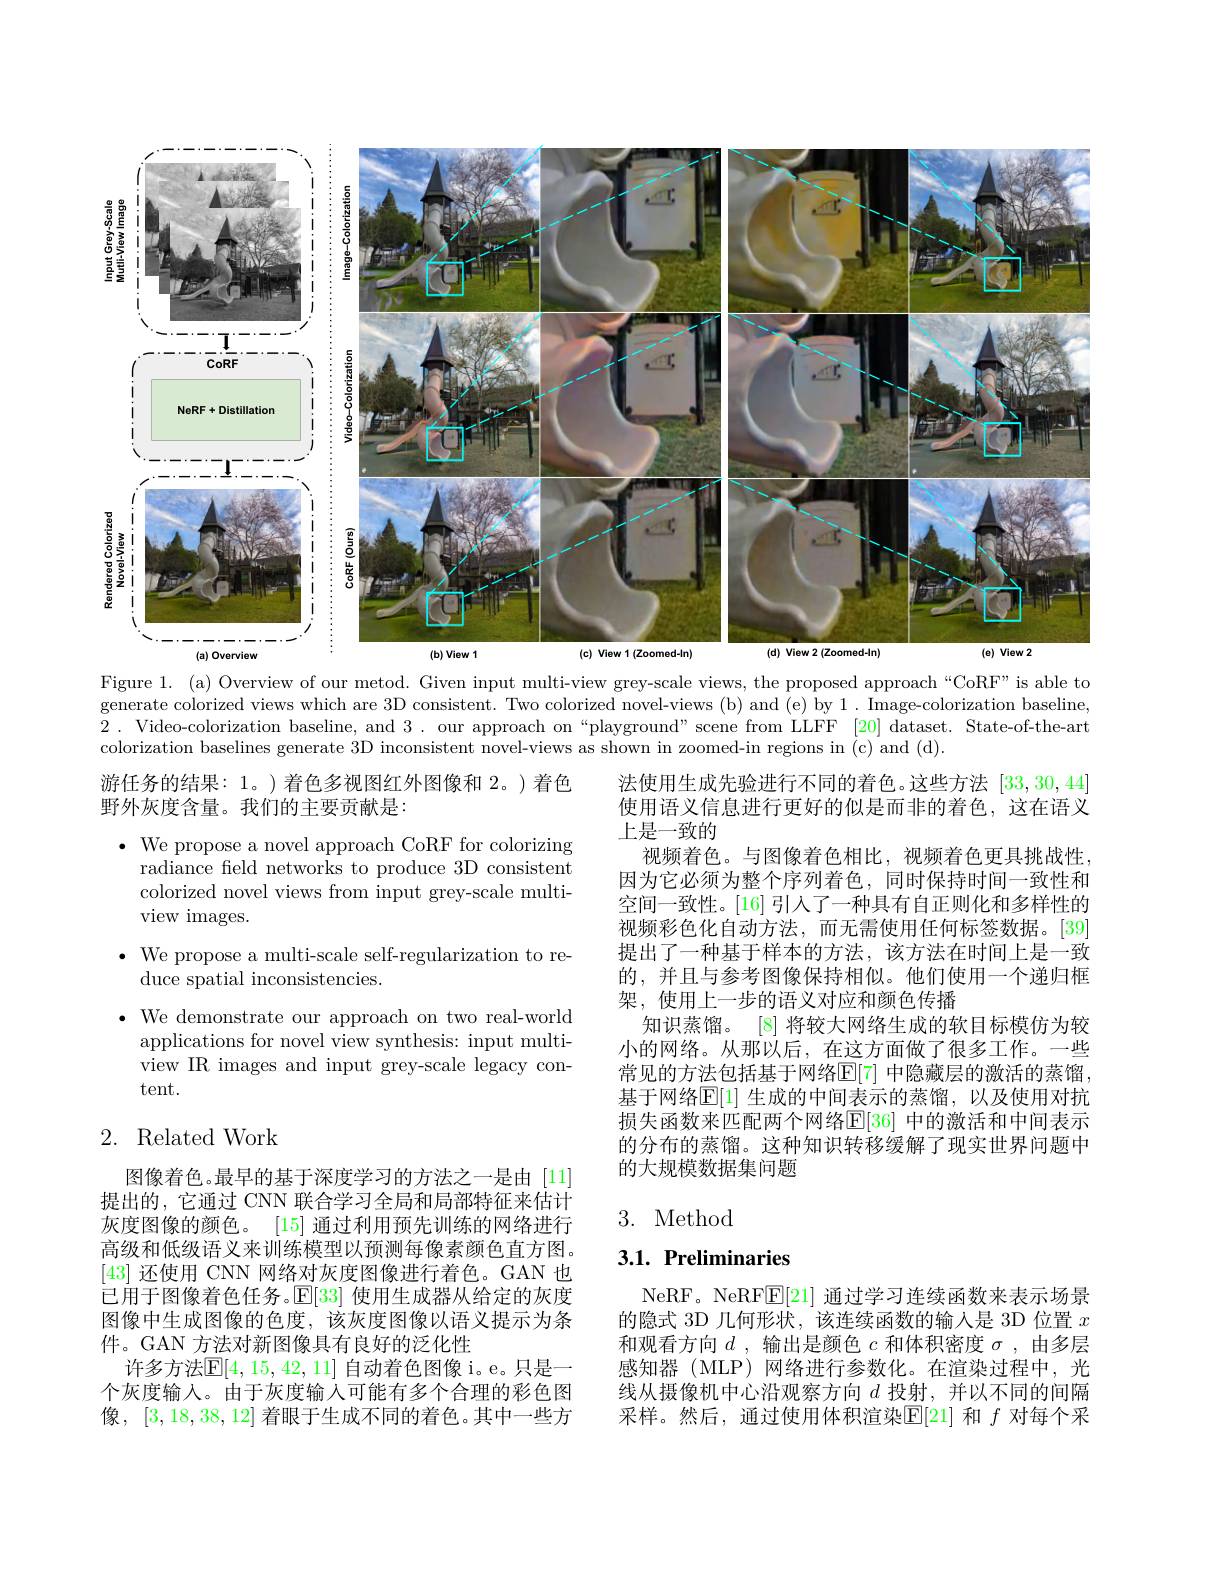
<FigureHere>
Figure 1. (a) Overview of our metod. Given input multi-view grey-scale views, the proposed approach“CoRF”is able to

generate colorized views which are 3D consistent. Two colorized novel-views (b) and (e) by 1. Image-colorization baseline, 2. Video-colorization baseline, and 3. our approach on“playground”scene from LLFF [20] dataset. State-of-the-art colorization baselines generate 3D inconsistent novel-views as shown in zoomed-in regions in (c) and (d).

游任务的结果：1。)着色多视图红外图像和 2。)着色
野外灰度含量。我们的主要贡献是：
$\bullet$ We propose a novel approach CoRF for colorizing
radiance field networks to produce 3D consistent colorized novel views from input grey-scale multiview images.
$\bullet$ We propose a multi-scale self-regularization to re-
duce spatial inconsistencies.
$\cdot$ We demonstrate our approach on two real-world
applications for novel view synthesis: input multiview IR images and input grey-scale legacy content.

法使用生成先验进行不同的着色。这些方法[33,30,44] 使用语义信息进行更好的似是而非的着色，这在语义上是一致的
视频着色。与图像着色相比，视频着色更具挑战性， 因为它必须为整个序列着色，同时保持时间一致性和空间一致性。[16] 引人了一种具有自正则化和多样性的视频彩色化自动方法，而无需使用任何标签数据。[39] 提出了一种基于样本的方法，该方法在时间上是一致的，并且与参考图像保持相似。他们使用一个递归框架，使用上一步的语义对应和颜色传播
知识蒸馏。[8] 将较大网络生成的软目标模仿为较小的网络。从那以后，在这方面做了很多工作。一些常见的方法包括基于网络$\mathbb{E}[7]$ 中隐藏层的激活的蒸馏基于网络$\mathbb{E}[1]$ 生成的中间表示的蒸馏，以及使用对抗损失函数来匹配两个网络$\overline{\mathbb{E}}[36]$ 中的激活和中间表示的分布的蒸馏。这种知识转移缓解了现实世界问题中的大规模数据集问题

## 2. Related Work

## 3. Method

## $3. 1. \textbf{Preliminaries}$

图像着色。最早的基于深度学习的方法之一是由[11] 提出的，它通过 CNN 联合学习全局和局部特征来估计灰度图像的颜色。[15] 通过利用预先训练的网络进行高级和低级语义来训练模型以预测每像素颜色直方图。[43]还使用 CNN 网络对灰度图像进行着色。GAN 也已用于图像着色任务。$\mathbb{E}[33]$使用生成器从给定的灰度图像中生成图像的色度，该灰度图像以语义提示为条件。GAN 方法对新图像具有良好的泛化性
许多方法$\mathbb{E}[4,15,42,11]$ 自动着色图像 i。e。只是一个灰度输入。由于灰度输入可能有多个合理的彩色图像，[3,18,38,12]着眼于生成不同的着色。其中一些方

NeRF。NeRF$\mathbb{E}[21]$通过学习连续函数来表示场景的隐式 3D 几何形状，该连续函数的输入是 3D 位置$x$ 和观看方向$d$ ,输出是颜色 $c$ 和体积密度 $\sigma$,由多层感知器(MLP)网络进行参数化。在渲染过程中，光线从摄像机中心沿观察方向$d$投射，并以不同的间隔采样。然后，通过使用体积渲染$\mathbb{E}[21]$和$f$对每个采